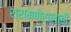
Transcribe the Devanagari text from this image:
श्रामणेरालाही